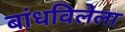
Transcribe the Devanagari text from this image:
बांधविलेला